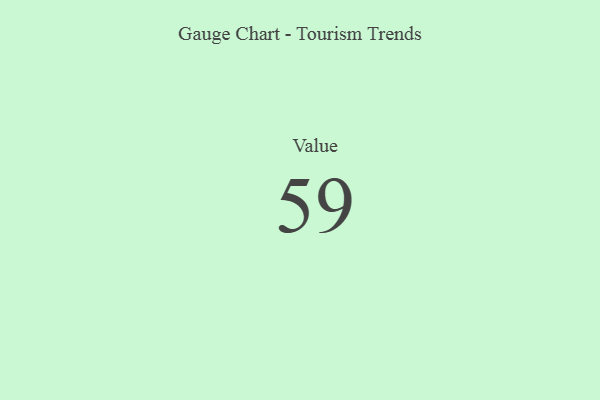
{"axis": {"x": "Metric", "y": "Value"}, "legend": [""], "data": [{"x": "Value", "y": 59, "type": ""}]}